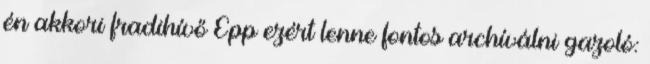
én akkori fradihívő Épp ezért lenne fontos archíválni gazoló: